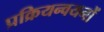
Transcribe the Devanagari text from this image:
प्रक्रियन्वयनों